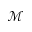
\mathcal { M }